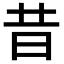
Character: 昔